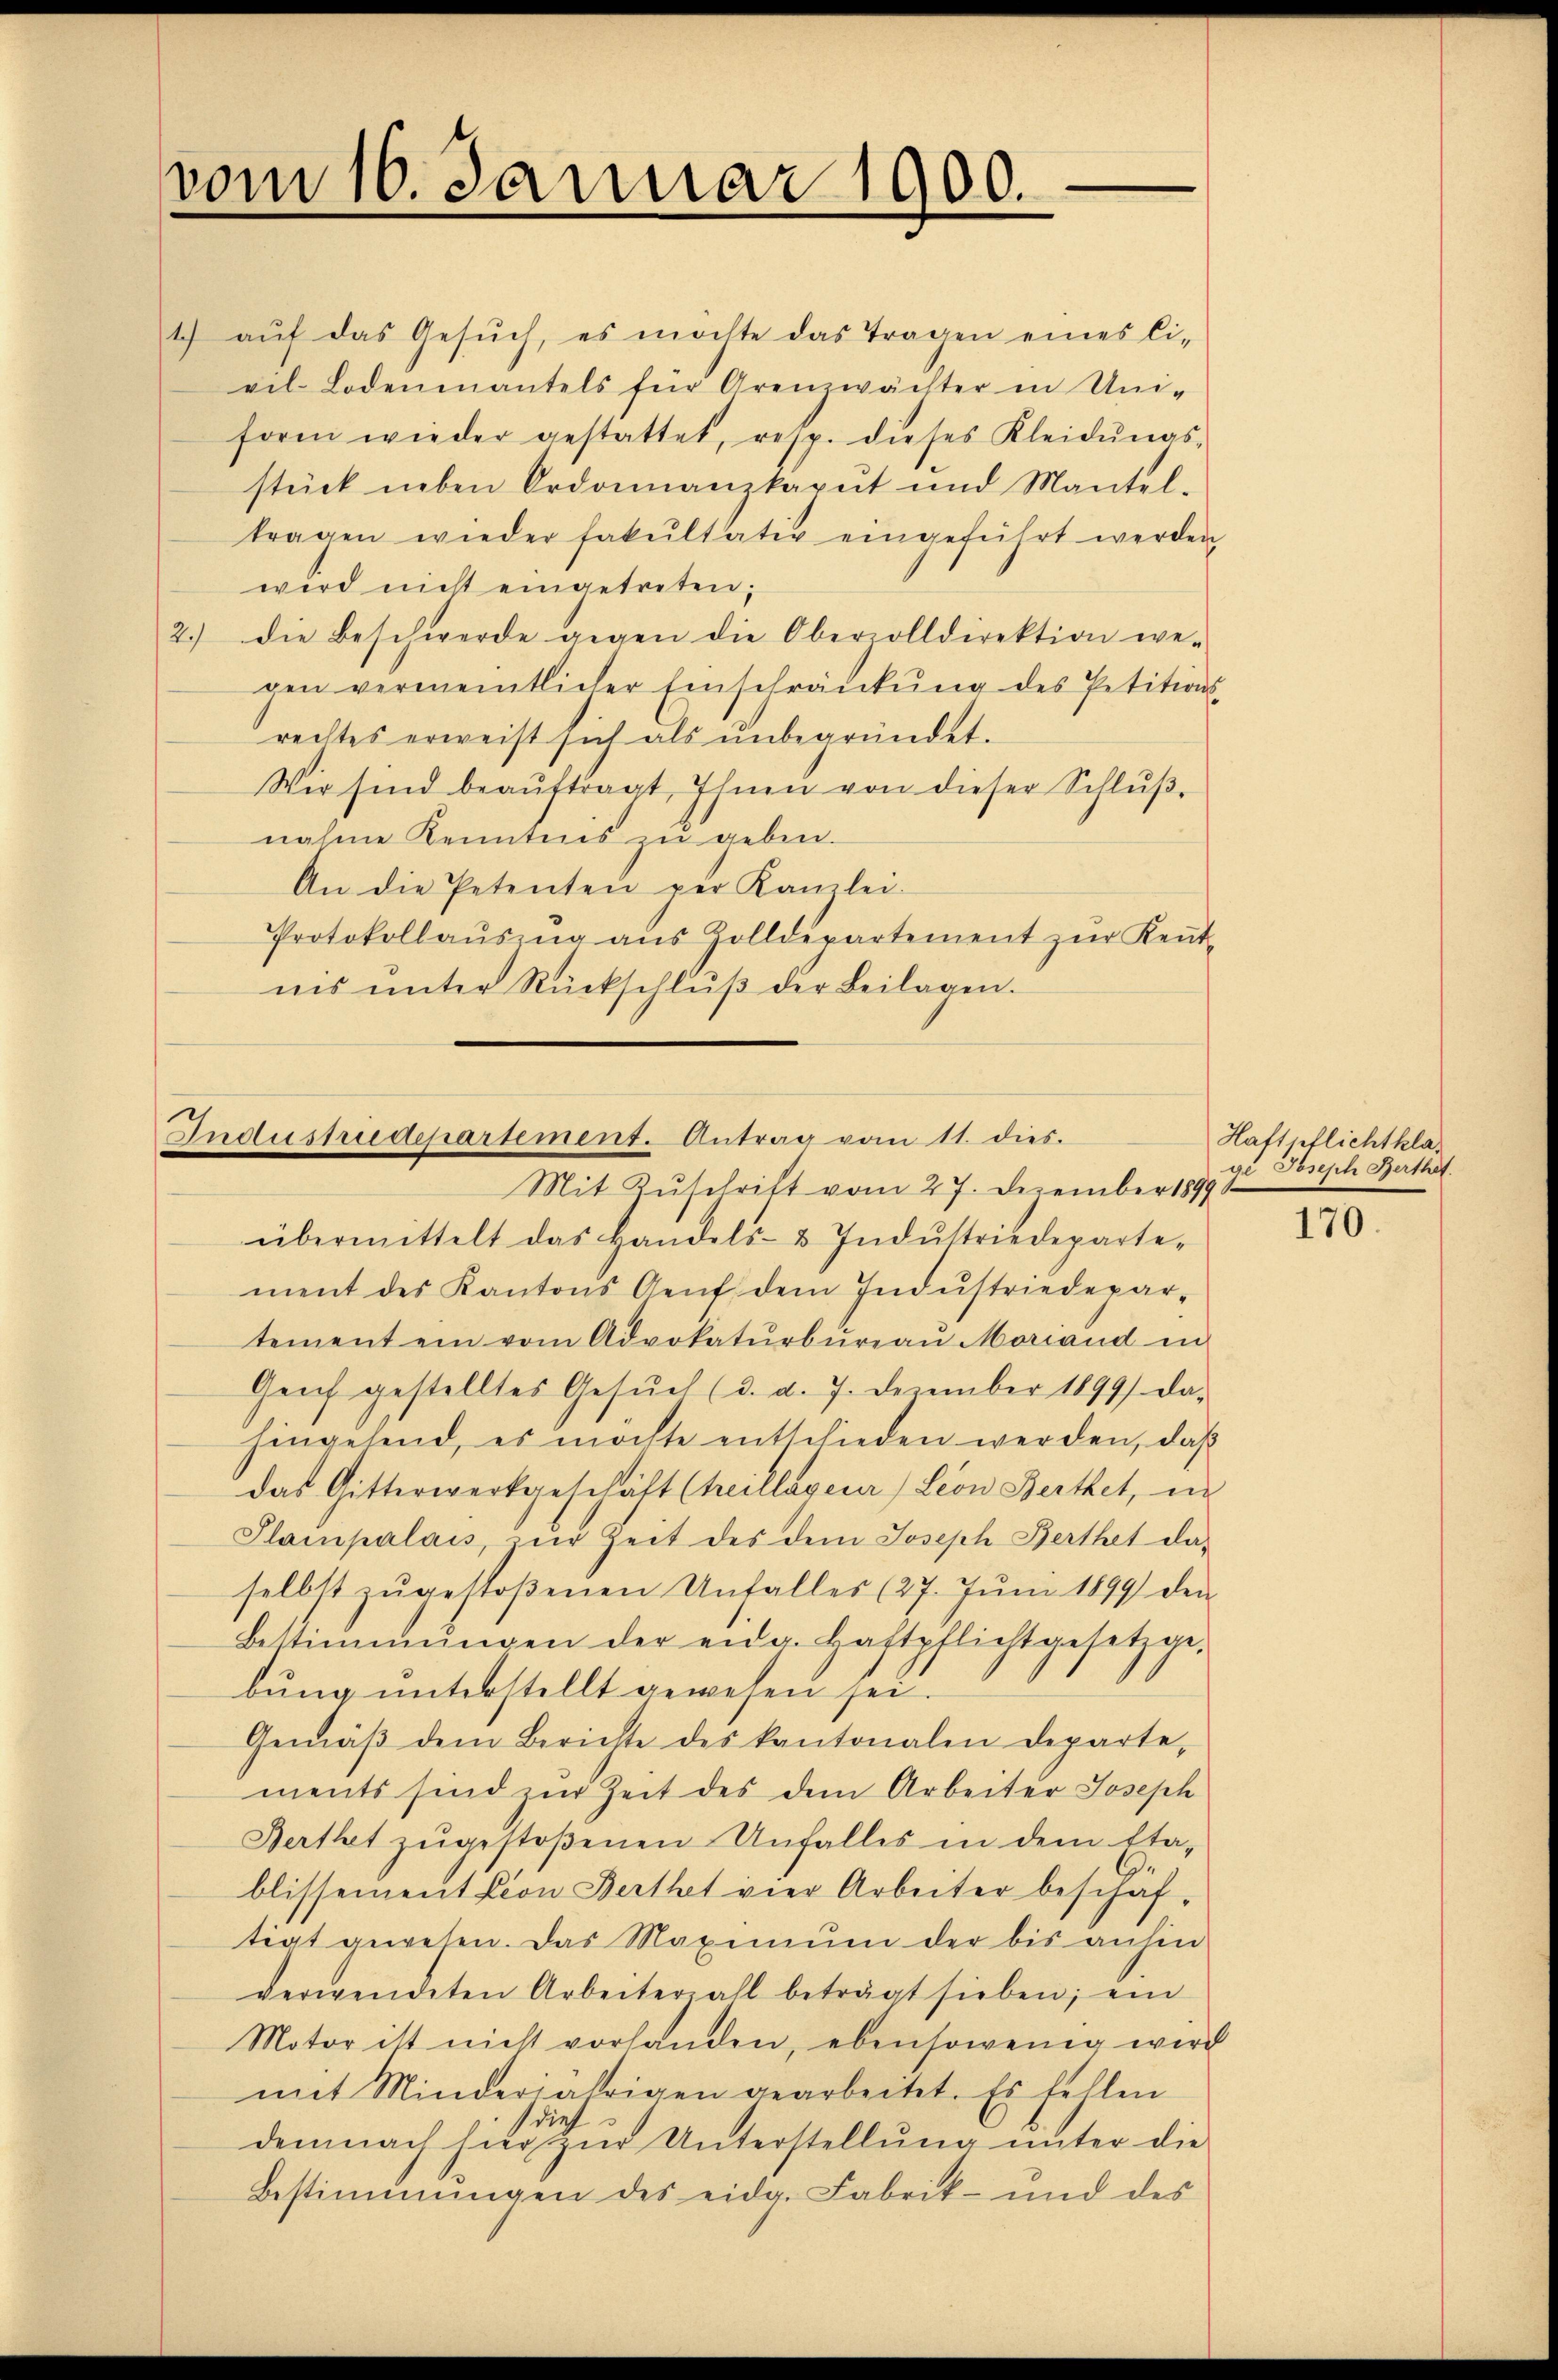
vom 16. Januar 1900.

1. aŭf das Gesŭch, es möchte das Tragen eines Ci-
vil-Lodenmantels für Grenzwächter in Uni-
form wieder gestattet, resp. dieses Kleidŭngs-
stück neben Ordonnanzkaput und Mantel-
tragen wieder fakultativ eingeführt werden,
wird nicht eingetreten;
2.) die Beschwerde gegen die Oberzolldirektion we-
gen vermeintlicher Einschränkung des Petitions-
rechtes erweist sich als unbegründet.
Wir sind beaŭftragt, Ihnen von dieser Schlŭβ-
nahme Kenntnis zu geben.
An die Petenten per Kanzlei-
Protokollaŭszŭg aŭs Zolldepartement zŭr Keṅt-
ins ŭnter Rückschlŭβ der Beilagen.

Andustriedepartement. Antrag vom 11. dies.
Mit Zuschrift vom 27. Dezember 1899

übermittelt das Handels- & Indŭstriedeparte-
ment des Kantons Aeŭf dem Indŭstriedepar-
tement ein vom Advokaturbüreaŭ Moriand in
Genf gestelltes Gesŭch (d. d. 7. Dezember 1899 da-
hingehend, es möchte entschieden werden, daβ
das Gitterwerkgeschäft (teillagener Leon Berthet, in
Slampalais, zŭr Zeit des dem Joseph Berthet das
selbst zŭgestoßenen Unfalles (27. Jŭni 1899 den
Bestimmungen der eidg. Haftpflichtgesetzge-
bung unterstellt gewesen sei.
Gemäβ dem Berichte des kantonalen Departe-
ments sind zur Zeit des dem Arbeiter Joseph
Berthet zugestoßenen Unfalles in dem Etablissemention Berthet vier Arbeiter beschaftiat gewesen. Das Maximŭm der bis anhin
verwendeten Arbeiterall beträgt sieben; ein
Motor ist nicht vorhanden, ebensowenig wird
mit Minderjährigen gearbeitet. Es fellen
dies
demnach hier zŭr Unterstellŭng ŭnter die
Bestimmungen des eidg. Fabrik- und des

Haftpflichtklage Joseph Berthet.

170.